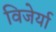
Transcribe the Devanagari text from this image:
विजेर्या